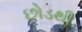
છોડથી